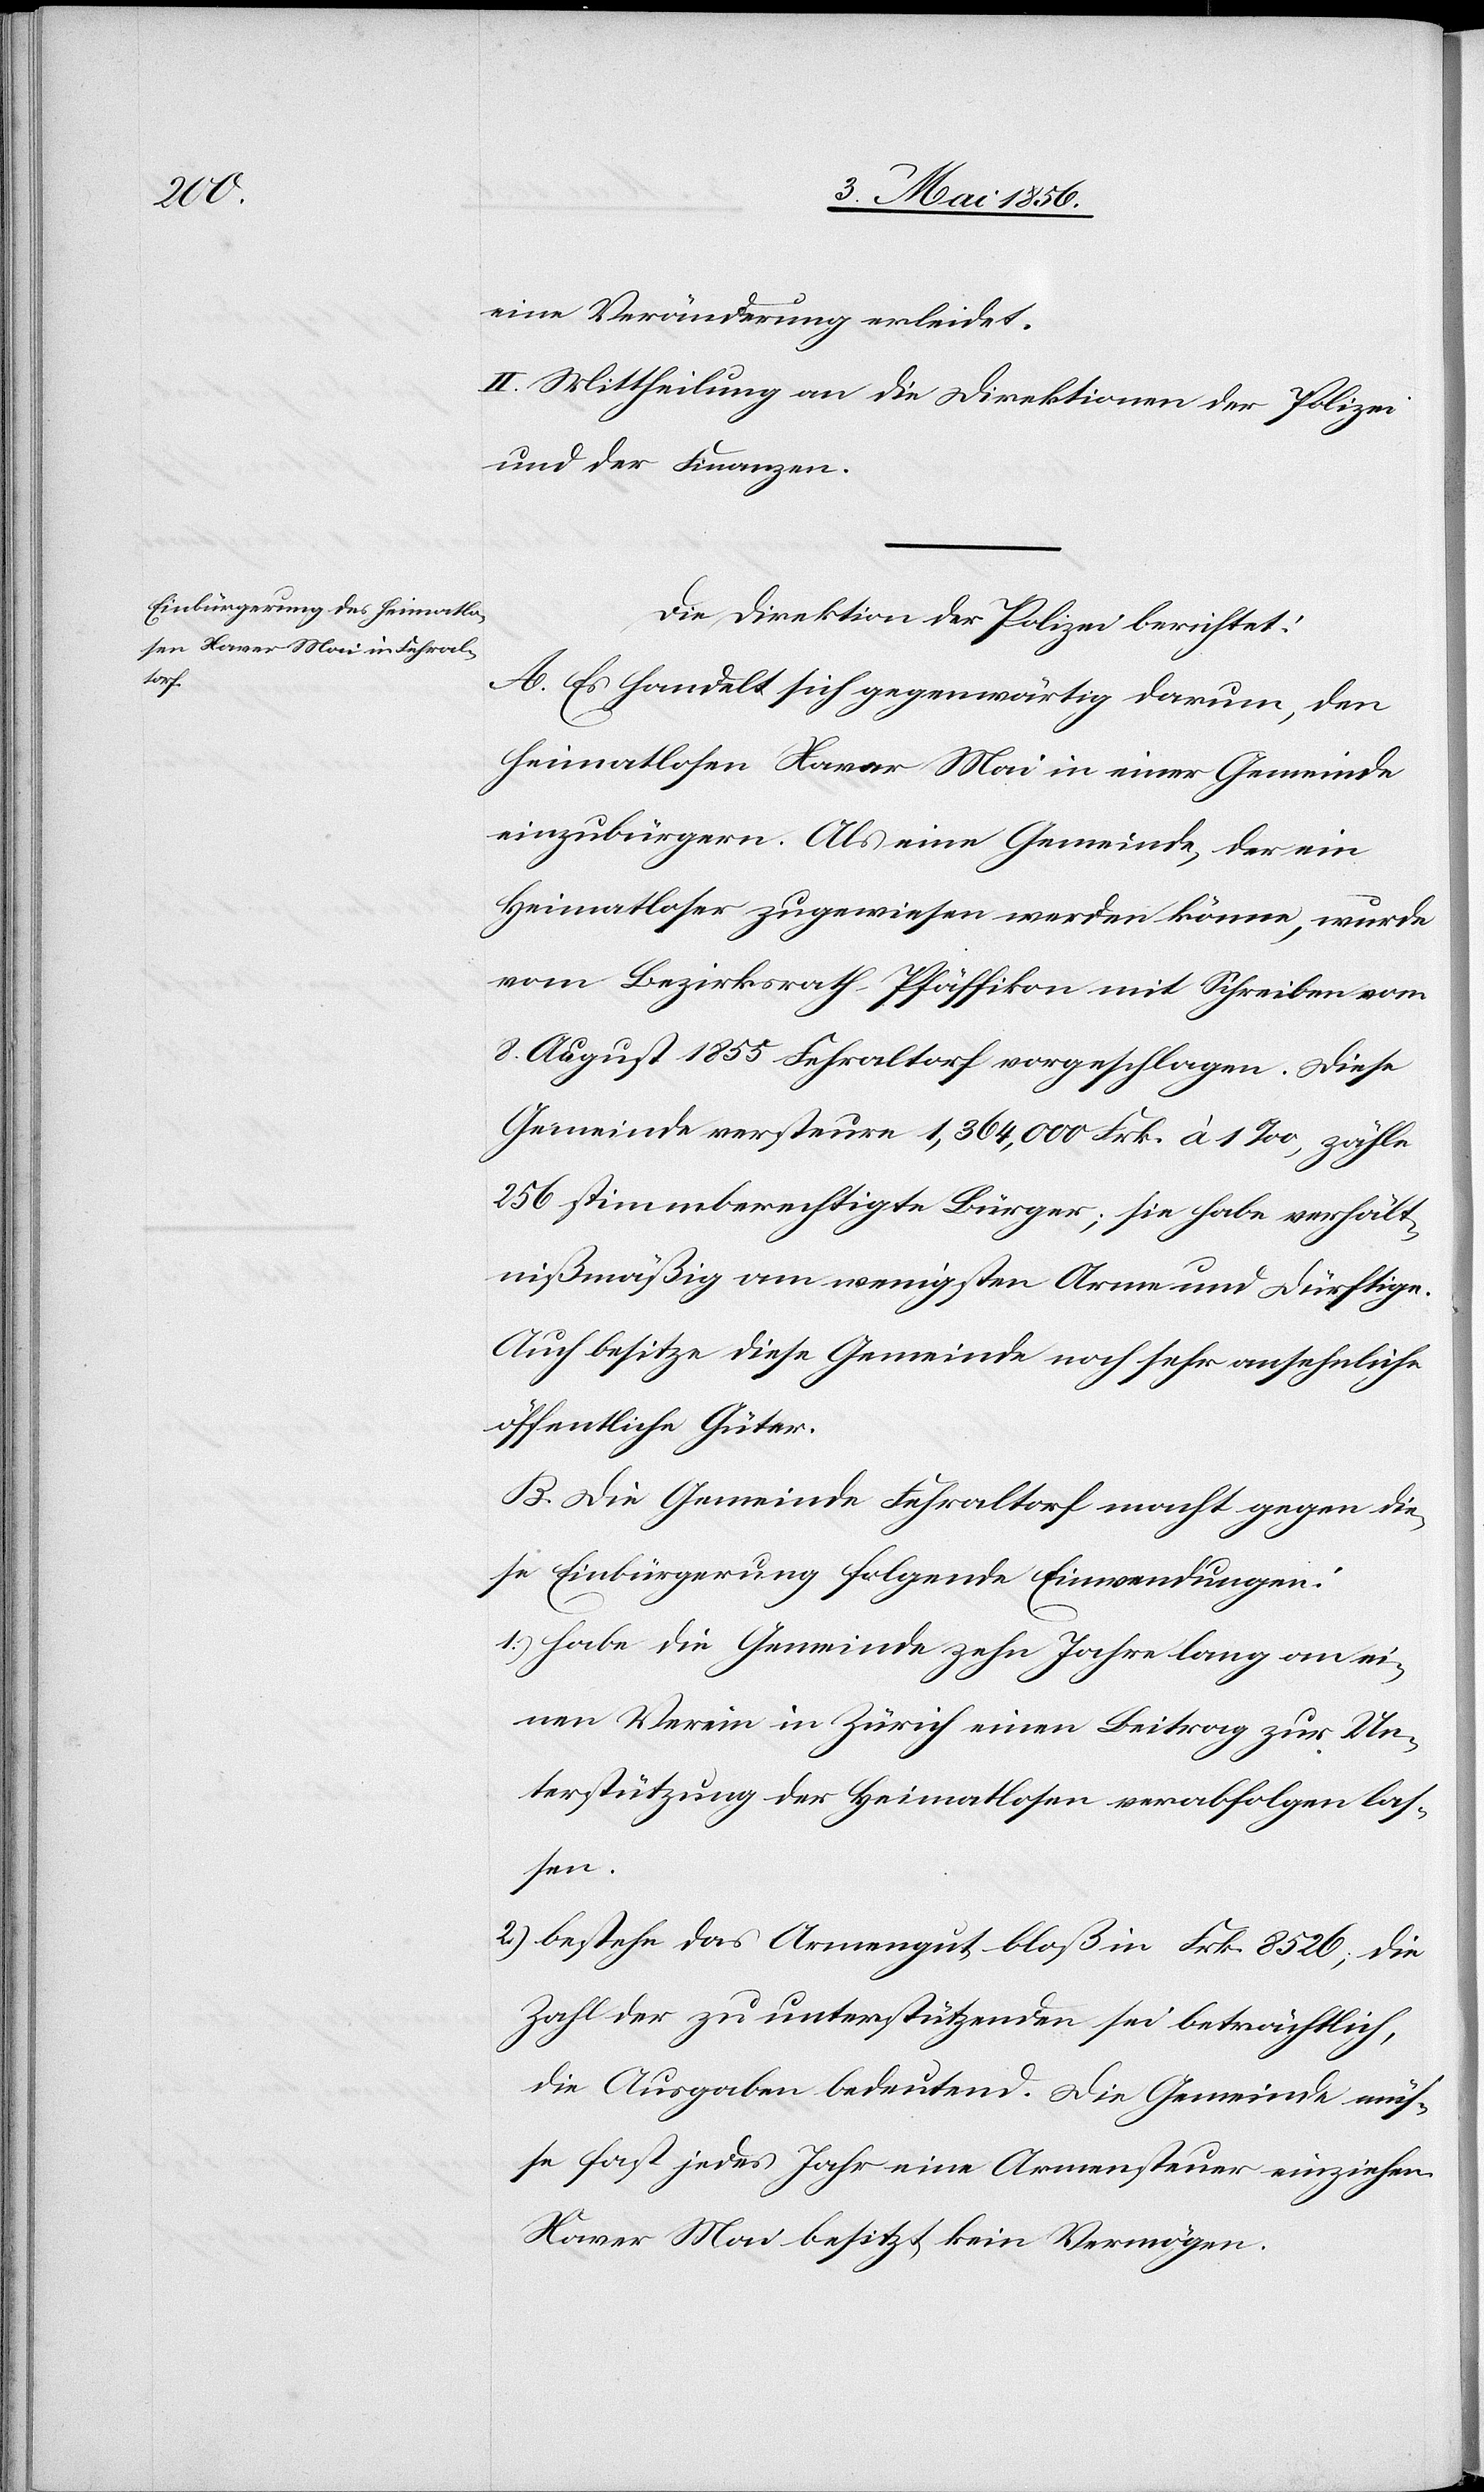
eine Veränderung erleidet.
II. Mittheilung an die Direktion der Polizei
und der Finanzen.
Die Direktion der Polizei berichtet:
A. Es handelt sich gegenwärtig darum, den
heimatlosen Xaver Mai in einer Gemeinde
einzubürgern. Als eine Gemeinde, der ein
heimatloser zugewiesen werden könne, wurde
vom Bezirksrath Pfäffikon mit Schreiben vom
8. August 1855 Fehraltorf vorgeschlagen. Diese
Gemeinde versteure 1,364,000 Frk. à 1 ‰, zähle
256 stimmberechtigte Bürger; sie habe verhält¬
nißmäßig am wenigsten Arme und Dürftige.
Auch besitze diese Gemeinde noch sehr ansehnliche
öffentliche Güter.
B. Die Gemeinde Fehraltorf macht gegen die¬
se Einbürgerung folgende Einwendungen:
1.) habe die Gemeinde zehn Jahre lang an ei¬
nen Verein in Zürich einen Beitrag zur Un¬
terstützung der Heimatlosen verabfolgen las¬
sen.
2.) bestehe das Armengut bloß in Frk. 8526; die
Zahl der zu unterstützenden sei beträchtlich,
die Ausgaben bedeutend. Die Gemeinde müs¬
se fast jedes Jahr eine Armensteuer einziehen.
Xaver Mai besitzt kein Vermögen.